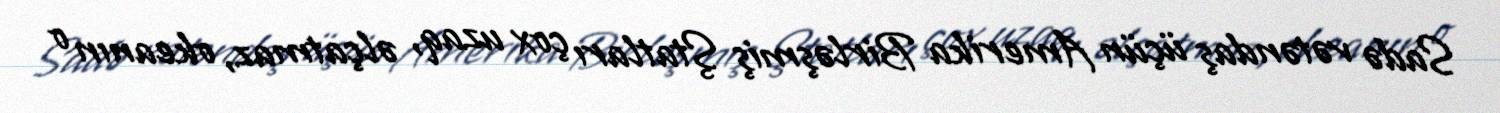
Sadə vətəndaş üçün Amerika Birləşmiş Ştatları çox uzaq, əlçatmaz, okeanın o